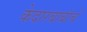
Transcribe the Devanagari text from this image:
केदारबाबांचे